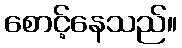
စောင့်နေသည်။